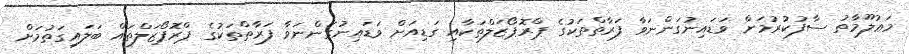
މަޢުލޫމާތު ސާފުކުރުމަށް ވަޑައިނުގަންނަވާ ފަރާތްތަކުގެ ޕްރޮޕޯޒަލްތަކާއި ގަޑިއަށް ވަޑައިނުގަންނަވާ ފަރާތްތަކުގެ ޕްރޮޕޯޒަލްތައް ބަލައިގަތުމަށް